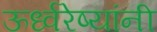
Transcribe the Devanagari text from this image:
ऊर्ध्वरेष्यांनी